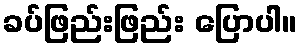
ခပ်ဖြည်းဖြည်း ပြောပါ။